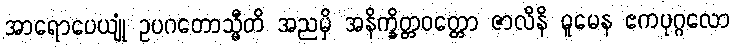
အာရောပေယျုံ ဥပဂတောသ္မီတိ အညမှိ အနိက္ခိတ္တဝတ္တော ဇာလိနိ ဓူမေန ဧကပုဂ္ဂလော